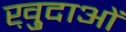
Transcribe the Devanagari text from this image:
ख़़ुदाओं